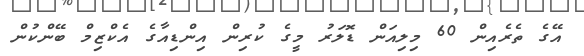
އޭގެ ތެރެއިން 60 މިލިއަން ޑޮލަރު މީގެ ކުރިން އިންޑިއާގެ އެކްޒިމް ބޭންކުން